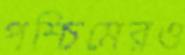
পশ্চিমেরও